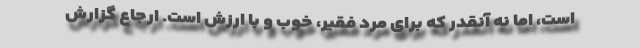
است، اما نه آنقدر که برای مرد فقیر، خوب و با ارزش است. ارجاع گزارش